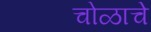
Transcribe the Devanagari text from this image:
चोळाचे